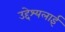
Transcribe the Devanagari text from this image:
उद्देश्यलाई